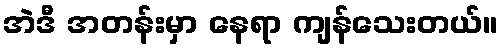
အဲဒီ အတန်းမှာ နေရာ ကျန်သေးတယ်။